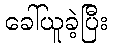
ခေါ်ယူခဲ့ပြီး